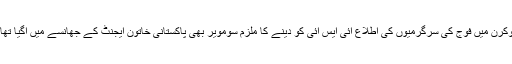
پوکرن میں فوج کی سرگرمیوں کی اطلاع آئی ایس آئی کو دینے کا ملزم سومویر بھی پاکستانی خاتون ایجنٹ کے جھانسے میں آگیا تھا ۔